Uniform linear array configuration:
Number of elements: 24
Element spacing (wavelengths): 1
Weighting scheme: cosine
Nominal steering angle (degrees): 45
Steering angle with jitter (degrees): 44.81
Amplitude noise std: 0.05
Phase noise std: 0.05

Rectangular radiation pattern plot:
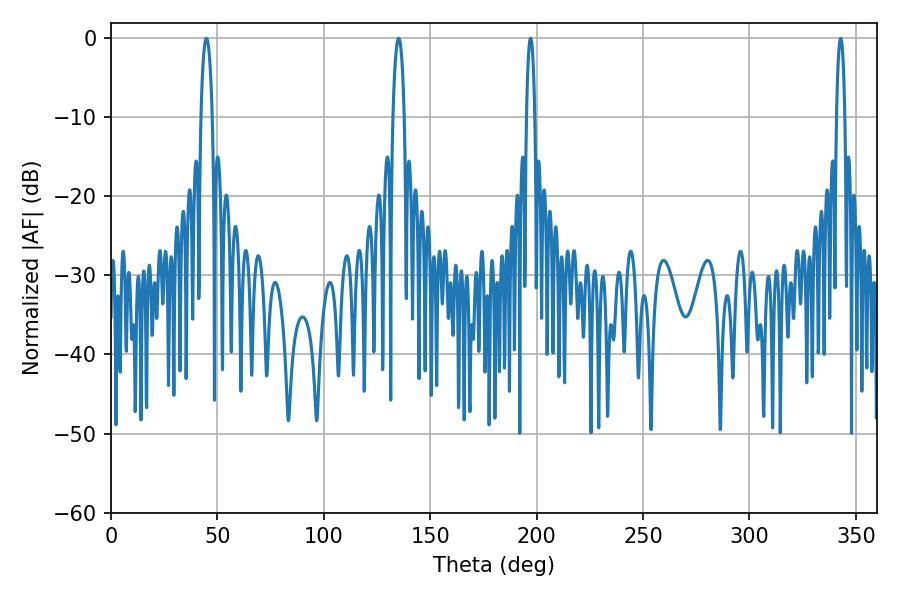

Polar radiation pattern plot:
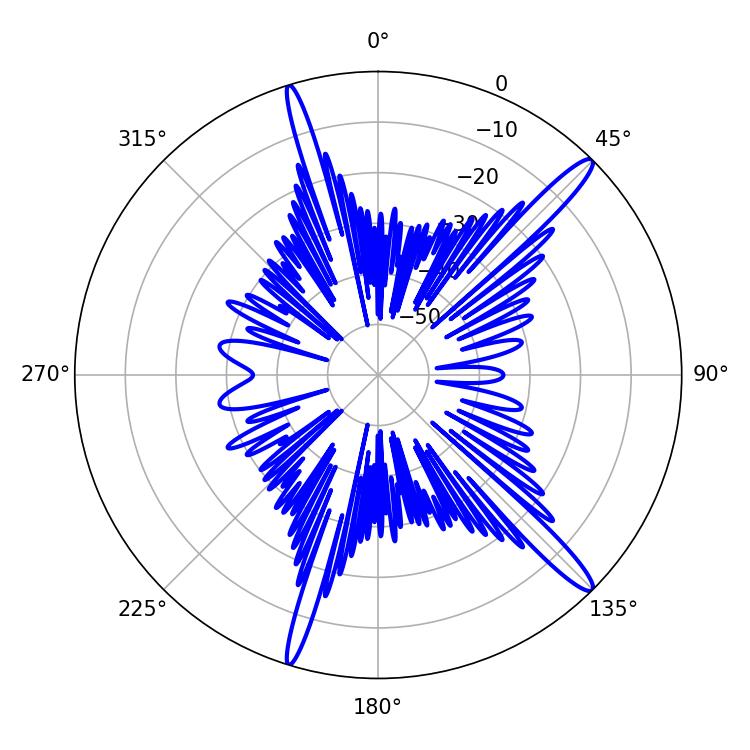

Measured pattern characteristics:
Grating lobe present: TRUE
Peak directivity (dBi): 15.448
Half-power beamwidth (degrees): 2.88
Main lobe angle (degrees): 44.82